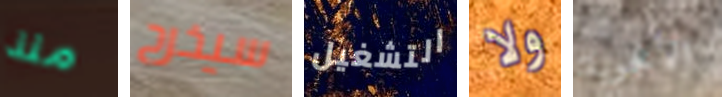
منذ سيخرج التشغيل ولا الأعجوبة